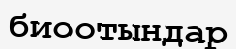
биоотындар